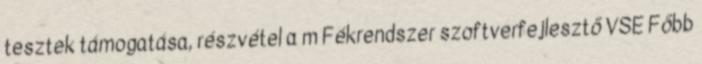
tesztek támogatása, részvétel a m Fékrendszer szoftverfejlesztő VSE Főbb